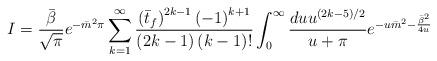
LaTeX: \begin{align*}I= \frac{\bar{\beta}}{\sqrt{\pi}} e^{- \bar{m}^2 \pi}\sum_{k=1}^{\infty} \frac{\left( \bar{t}_f \right)^{2k-1} \left( -1\right)^{k+1}}{\left( 2k-1\right)\left(k -1\right)!}\int_{0}^{\infty} \frac{du u^{(2k-5)/2}}{u+ \pi}e^{- u \bar{m}^2 - \frac{\bar{\beta}^2}{4u}} \end{align*}